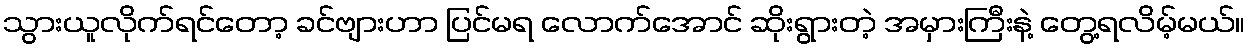
သွားယူလိုက်ရင်တော့ ခင်ဗျားဟာ ပြင်မရ လောက်အောင် ဆိုးရွားတဲ့ အမှားကြီးနဲ့ တွေ့ရလိမ့်မယ်။